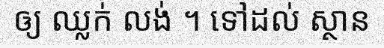
ឲ្យ ឈ្លក់ លង់ ។ ទៅដល់ ស្ថាន